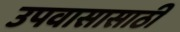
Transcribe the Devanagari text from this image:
उपवासासाठी